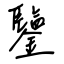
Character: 鑒